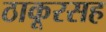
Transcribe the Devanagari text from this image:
ठाकूरसह